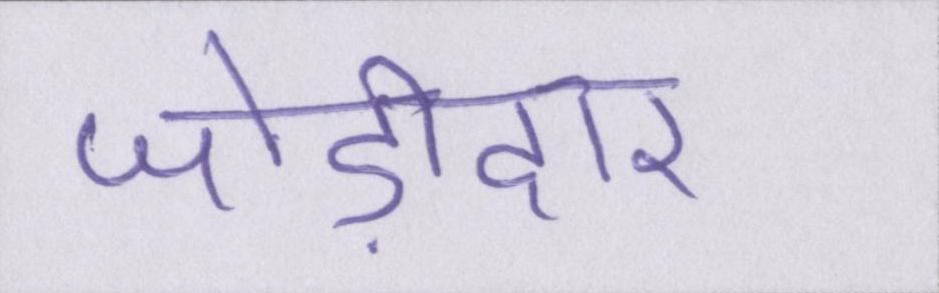
जोड़ीदार